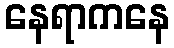
နေရာကနေ